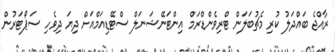
ރާއްޖެ ބައްދަލު ކުރި މެޗުބަލަން ޓްރިވެންޑްރަމް އިންޓަނޭޝަނަލް ސްޓޭޑިއަމްއަށް ދިޔަ ދިވެހި ސަޕޯޓަރުން